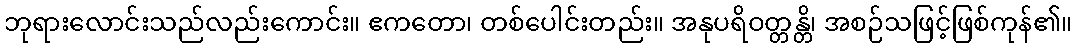
ဘုရားလောင်းသည်လည်းကောင်း။ ဧကတော၊ တစ်ပေါင်းတည်း။ အနုပရိဝတ္တန္တိ၊ အစဉ်သဖြင့်ဖြစ်ကုန်၏။